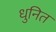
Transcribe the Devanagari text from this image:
धुनित